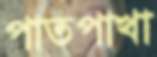
পাতপাখা